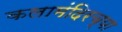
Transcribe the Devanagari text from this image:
कलामंदिरच्या